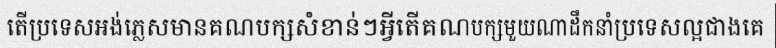
តើប្រទេសអង់ភ្លេសមានគណបក្សសំខាន់ៗអ្វីតើគណបក្សមួយណាដឹកនាំប្រទេសល្អជាងគេ